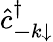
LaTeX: \hat{c}_{{\mathbf-k}\mathrm{\downarrow}}^{\dagger}